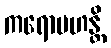
ကရောမဟန္တိ